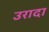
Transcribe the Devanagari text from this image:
उरादा